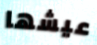
عيشها